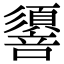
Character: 𢒷